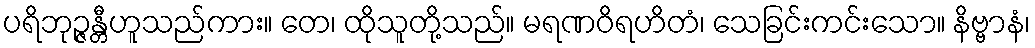
ပရိဘုဉ္ဇန္တီဟူသည်ကား။ တေ၊ ထိုသူတို့သည်။ မရဏဝိရဟိတံ၊ သေခြင်းကင်းသော။ နိဗ္ဗာနံ၊